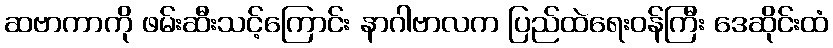
ဆဗာကာကို ဖမ်းဆီးသင့်ကြောင်း နာဂါဗာလက ပြည်ထဲရေးဝန်ကြီး ဒေဆိုင်းထံ